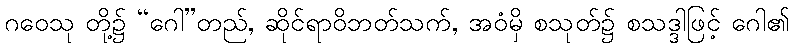
ဂဝေသု တို့၌ “ဂေါ”တည်, ဆိုင်ရာဝိဘတ်သက်, အဝံမှိ စသုတ်၌ စသဒ္ဒါဖြင့် ဂေါ၏